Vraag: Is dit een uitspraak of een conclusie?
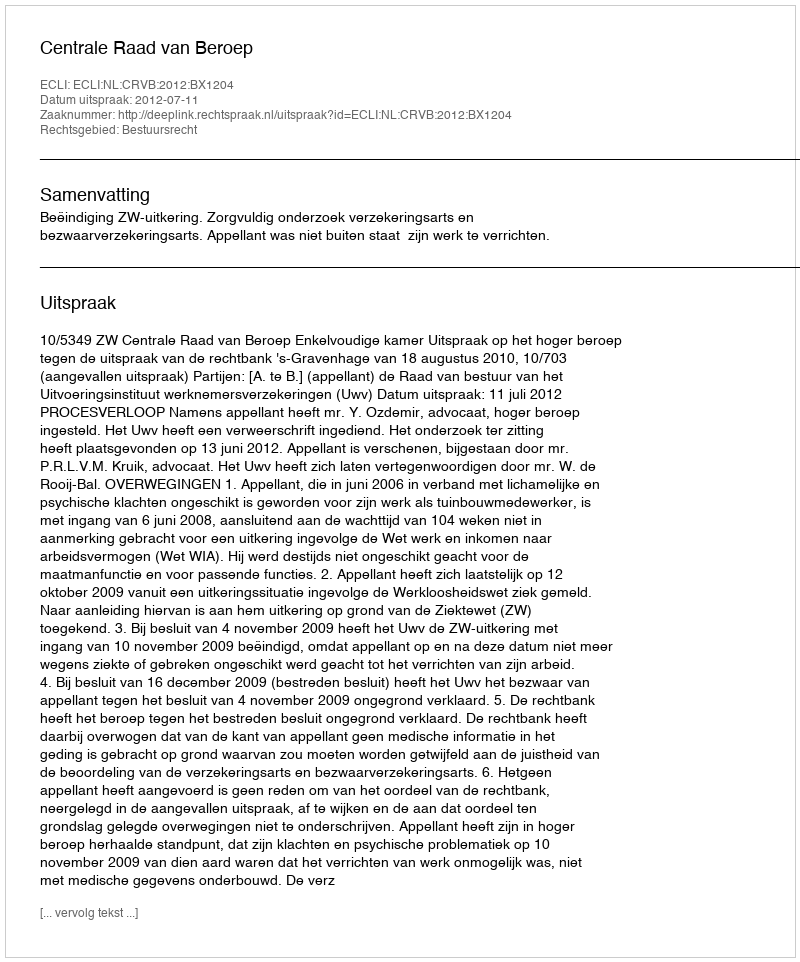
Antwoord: Uitspraak